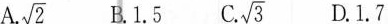
A. $$\sqrt{2}$$ B.1.5 C./ $$\sqrt{3}$$